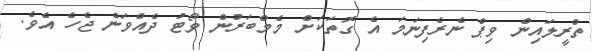
ތްރީލައިން ވިޕް ނެރެފިނަމަ އެ ގޮތަކަށް މެމްބަރުން ވޯޓު ދެއްވަން ޖެހެ އެވެ.